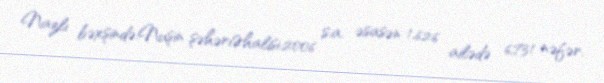
Nazlı bəxşində:Nuşin şəhəriƏhalisi:2006 s.a. əsasən 1,626 ailədə 6,731 nəfər.